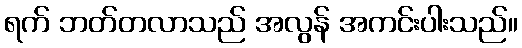
ရက် ဘတ်တလာသည် အလွန် အကင်းပါးသည်။